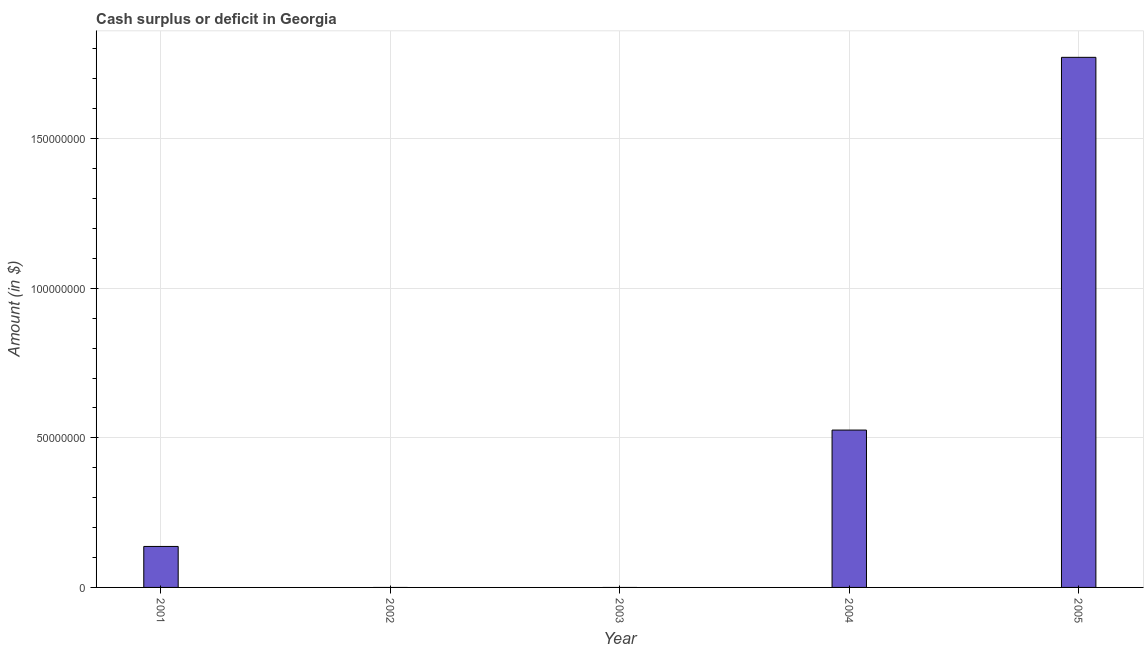
| Year | Cash surplus or deficit |
 | --- | --- |
 | 2001 | 1.37e+07 |
 | 2002 | -1.37e+08 |
 | 2003 | -7.65e+07 |
 | 2004 | 5.26e+07 |
 | 2005 | 1.77e+08 |